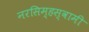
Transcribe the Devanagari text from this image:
नरसिम्हस्वामी